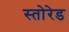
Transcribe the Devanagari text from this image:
स्तोरेड